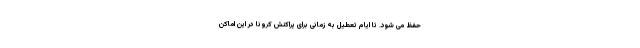
حفظ می شود. تا ایام تعطیل به زمانی برای پراکنش کرونا در این اماکن